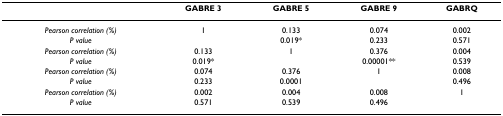
<table><thead><tr><td></td><td><b>GABRE 3</b></td><td><b>GABRE 5</b></td><td><b>GABRE 9</b></td><td><b>GABRQ</b></td></tr></thead><tbody><tr><td><i>Pearson correlation (%)</i></td><td>1</td><td>0.133</td><td>0.074</td><td>0.002</td></tr><tr><td><i>P value</i></td><td></td><td>0.019*</td><td>0.233</td><td>0.571</td></tr><tr><td><i>Pearson correlation (%)</i></td><td>0.133</td><td>1</td><td>0.376</td><td>0.004</td></tr><tr><td><i>P value</i></td><td>0.019*</td><td></td><td>0.00001**</td><td>0.539</td></tr><tr><td><i>Pearson correlation (%)</i></td><td>0.074</td><td>0.376</td><td>1</td><td>0.008</td></tr><tr><td><i>P value</i></td><td>0.233</td><td>0.0001</td><td></td><td>0.496</td></tr><tr><td><i>Pearson correlation (%)</i></td><td>0.002</td><td>0.004</td><td>0.008</td><td>1</td></tr><tr><td><i>P value</i></td><td>0.571</td><td>0.539</td><td>0.496</td><td></td></tr></tbody></table>